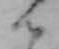
ん